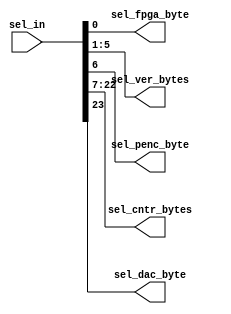
module select_out(sel_in, 
				sel_fpga_byte, 
				sel_ver_bytes, 
				sel_penc_byte, 
				sel_cntr_bytes, 
				sel_dac_byte);

input [23:0] sel_in;
output sel_fpga_byte;			 
output [4:0] sel_ver_bytes;  
output sel_penc_byte;  
output [15:0] sel_cntr_bytes; 
output sel_dac_byte; 


assign sel_fpga_byte = sel_in[0];
assign sel_ver_bytes = sel_in[5:1];
assign sel_penc_byte= sel_in [6];
assign sel_cntr_bytes = {sel_in[22:19],sel_in[18:15],sel_in[14:11],sel_in[10:7]};
assign sel_dac_byte = sel_in[23];

endmodule